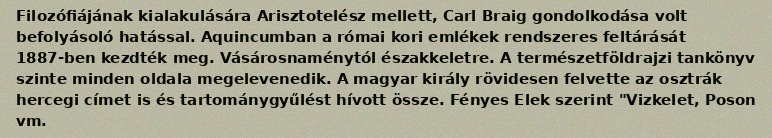
Filozófiájának kialakulására Arisztotelész mellett, Carl Braig gondolkodása volt befolyásoló hatással. Aquincumban a római kori emlékek rendszeres feltárását 1887-ben kezdték meg. Vásárosnaménytól északkeletre. A természetföldrajzi tankönyv szinte minden oldala megelevenedik. A magyar király rövidesen felvette az osztrák hercegi címet is és tartománygyűlést hívott össze. Fényes Elek szerint "Vizkelet, Poson vm.